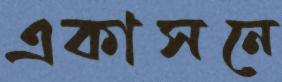
একাসনে